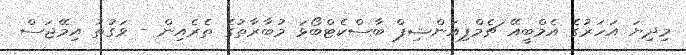
މިދިޔަ އަހަރުގެ އެމްބީއޭ ޗެމްޕިއަންޝިޕް ބާސްކެޓްބޯޅަ މުބާރާތުގެ ތެރެއިން - ވަގުތު އިމޭޖަސް